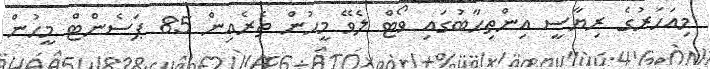
މިއަހަރުގެ ރިޔާސީ އިންތިހާބުގައި ވޯޓް ލެވޭ މީހުން ތެރެއިން 85 ޕަސެންޓް މީހުން